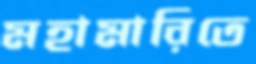
মহামারিতে